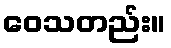
ဝေသတည်း။